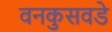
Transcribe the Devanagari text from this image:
वनकुसवडे